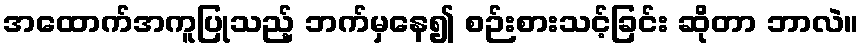
အထောက်အကူပြုသည့် ဘက်မှနေ၍ စဉ်းစားသင့်ခြင်း ဆိုတာ ဘာလဲ။